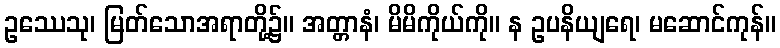
ဥဿေသု၊ မြတ်သောအရာတို့၌။ အတ္တာနံ၊ မိမိကိုယ်ကို။ န ဥပနိယျရေ၊ မဆောင်ကုန်။